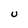
Character: U